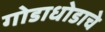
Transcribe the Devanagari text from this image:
गोडाधोडाचे